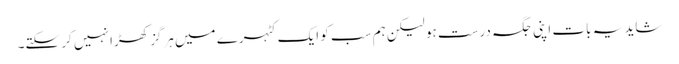
شاید یہ بات اپنی جگہ درست ہو لیکن ہم سب کو ایک کٹہرے میں ہرگز کھڑا نہیں کر سکتے۔